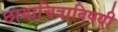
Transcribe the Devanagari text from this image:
छायाचित्राविषयी